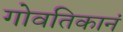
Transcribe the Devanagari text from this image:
गोवतिकानं